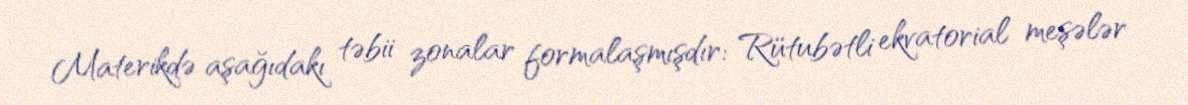
Materikdə aşağıdakı təbii zonalar formalaşmışdır: Rütubətli ekvatorial meşələr